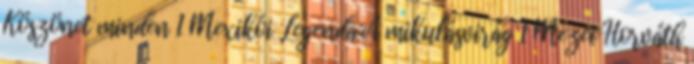
Köszönet minden 1 Mexikói Legenda:A mikulásvirág 1 Mezei Horváth